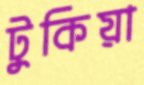
টুকিয়া